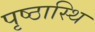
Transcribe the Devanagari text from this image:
पृष्ठास्थि